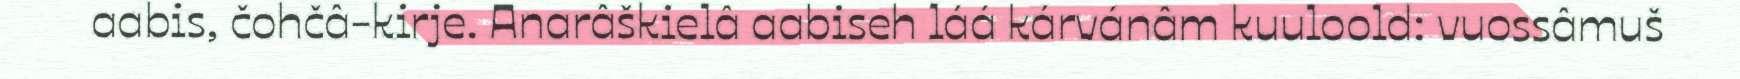
aabis, čohčâ-kirje. Anarâškielâ aabiseh láá kárvánâm kuuloold: vuossâmuš